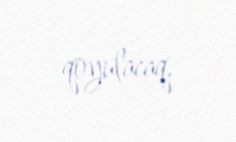
qoyulacaq.